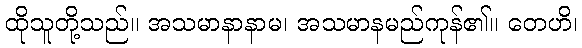
ထိုသူတို့သည်။ အသမာနာနာမ၊ အသမာနမည်ကုန်၏။ တေဟိ၊